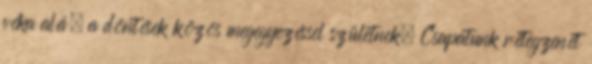
véka alá, a döntések közös megegyezéssel születnek. Csapatunk rétegzenét